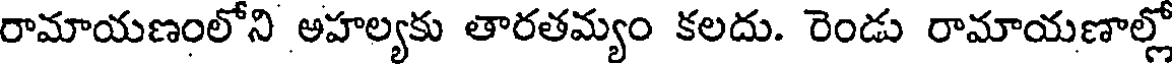
రామాయణంలోని ఆహల్యకు తారతమ్యం కలదు. రెండు రామాయణాల్లో